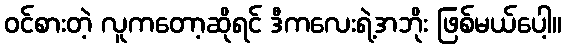
ဝင်စားတဲ့ လူကတော့ဆိုရင် ဒီကလေးရဲ့အဘိုး ဖြစ်မယ်ပေါ့။